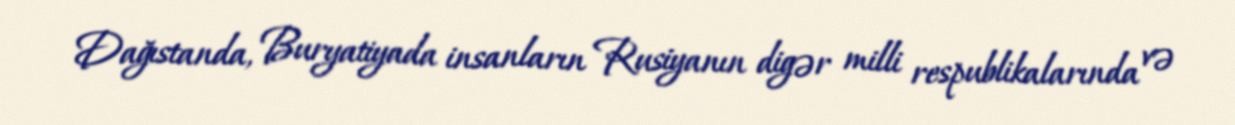
Dağıstanda, Buryatiyada insanların Rusiyanın digər milli respublikalarında və